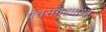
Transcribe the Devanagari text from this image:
पंचसंग्रहगाथा